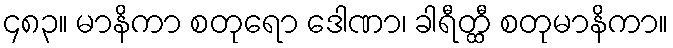
၄၈၃။ မာနိကာ စတုရော ဒေါဏာ၊ ခါရီတ္ထီ စတုမာနိကာ။